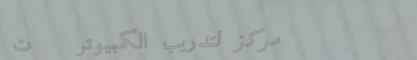
مركز لتدريب الكمبيوتر   ت